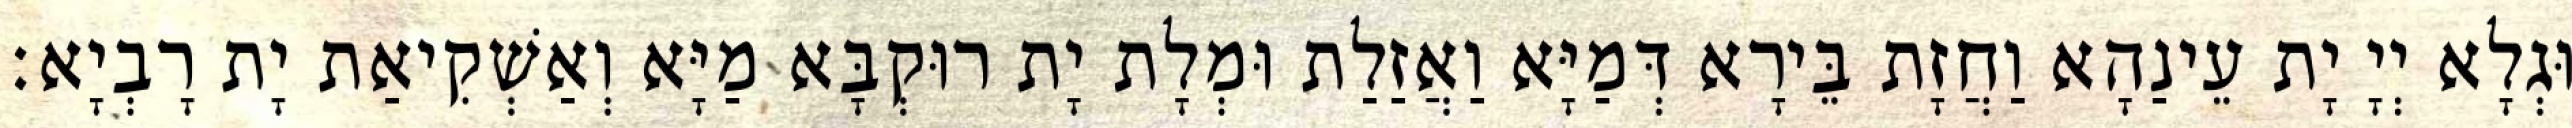
וּגְלָא יְיָ יָת עֵינַהָא וַחֲזָת בֵּירָא דְּמַיָּא וַאֲזַלַת וּמְלָת יָת רוּקְבָּא מַיָּא וְאַשְׁקִיאַת יָת רָבְיָא׃